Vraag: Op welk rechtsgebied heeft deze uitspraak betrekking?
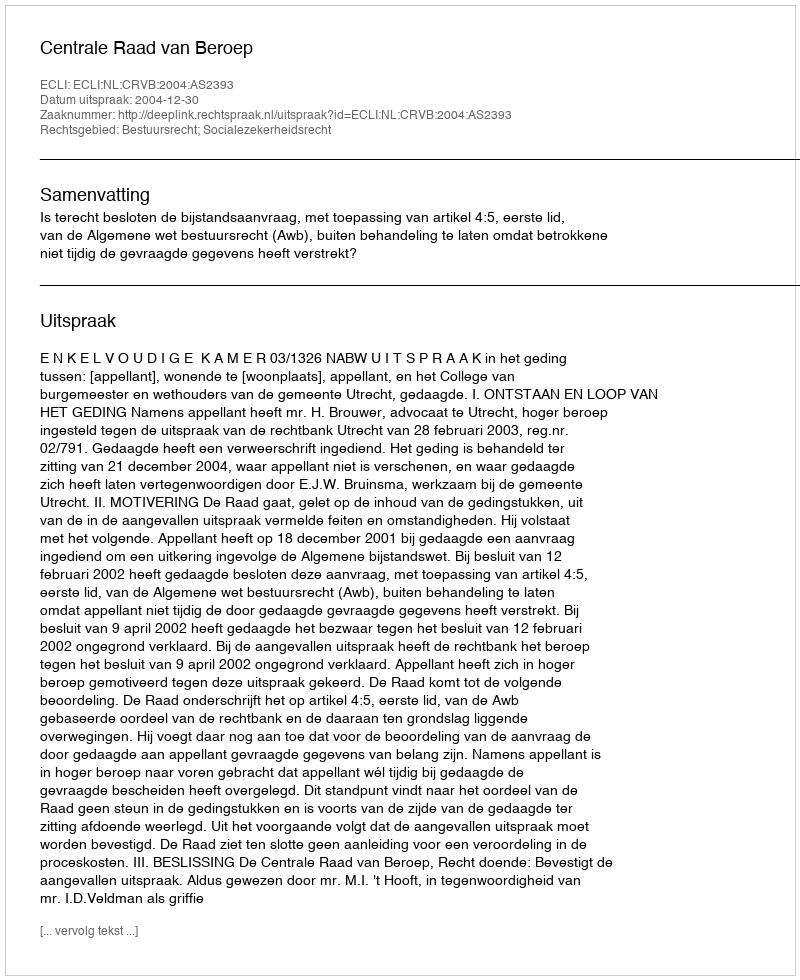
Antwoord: Bestuursrecht; Socialezekerheidsrecht